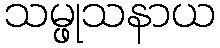
သမ္ဖုသနာယ